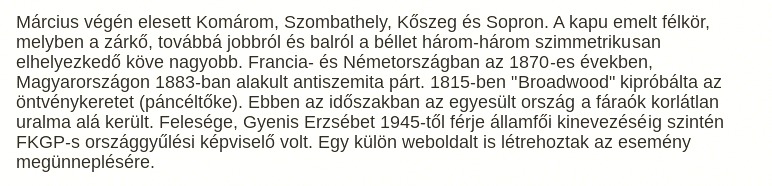
Március végén elesett Komárom, Szombathely, Kőszeg és Sopron. A kapu emelt félkör, melyben a zárkő, továbbá jobbról és balról a béllet három-három szimmetrikusan elhelyezkedő köve nagyobb. Francia- és Németországban az 1870-es években, Magyarországon 1883-ban alakult antiszemita párt. 1815-ben "Broadwood" kipróbálta az öntvénykeretet (páncéltőke). Ebben az időszakban az egyesült ország a fáraók korlátlan uralma alá került. Felesége, Gyenis Erzsébet 1945-től férje államfői kinevezéséig szintén FKGP-s országgyűlési képviselő volt. Egy külön weboldalt is létrehoztak az esemény megünneplésére.